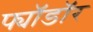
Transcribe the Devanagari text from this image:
फ्यॉडॉर